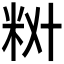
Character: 𫂷